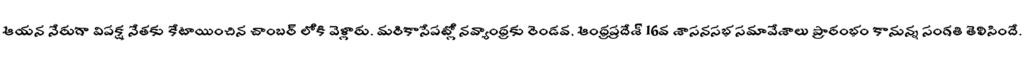
ఆయన నేరుగా విపక్ష నేతకు కేటాయించిన చాంబర్ లోకి వెళ్లారు. మరికాసేపట్లో నవ్యాంధ్రకు రెండవ, ఆంధ్రప్రదేశ్ 16వ శాసనసభ సమావేశాలు ప్రారంభం కానున్న సంగతి తెలిసిందే.